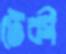
টেকী